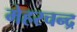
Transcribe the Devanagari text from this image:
मेहरचन्द्र